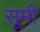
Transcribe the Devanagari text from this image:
सूमी